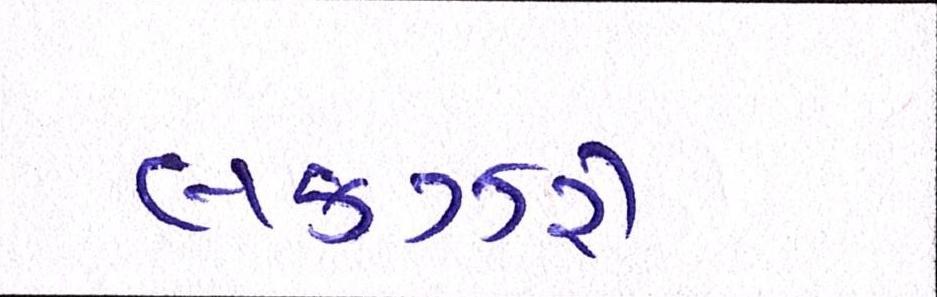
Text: લકઝરી